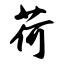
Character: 荷